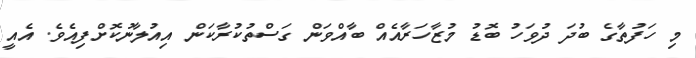
މި ހަފުތާގެ ބުދަ ދުވަހު ބޮޑު މުޒާހަރާއެއް ބާއްވަން ގަސްތުކުރާކަން އިއުލާނުކޮށްފިއެވެ. އެއީ